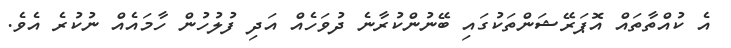
އެ ކުއްތާތައް އޮޕަރޭޝަންތަކުގައި ބޭނުންކުރާނެ ދުވަހެއް އަދި ފުލުހުން ހާމައެއް ނުކުރެ އެވެ.